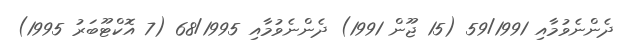
ދެންނެވުމާއި 59/1991 (15 ޖޫން 1991) ދެންނެވުމާއި 68/1995 (7 އޮކްޓޫބަރު 1995)